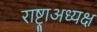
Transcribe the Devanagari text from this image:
राष्ट्राअध्यक्ष